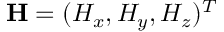
\mathbf { H } = ( H _ { x } , H _ { y } , H _ { z } ) ^ { T }